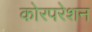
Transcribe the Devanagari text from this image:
कोरपरेशन